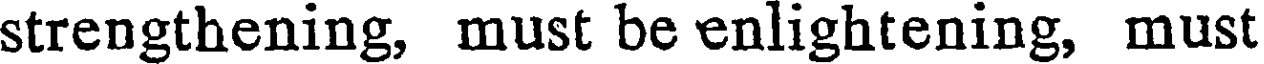
strengthening, must be enlightening, must